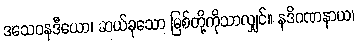
ဒသေဝနဒီယော၊ ဆယ်ခုသော မြစ်တို့ကိုသာလျှင်။ နဒိဂဏနာယ၊